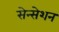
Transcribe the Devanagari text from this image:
सेन्सेशन